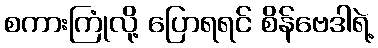
စကားကြုံလို့ ပြောရရင် စိန်ဗေဒါရဲ့